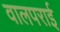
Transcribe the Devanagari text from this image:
वालपराई